Annual report on the mental hospital in the Central Provinces and Berar (Nagpur) - 1927-1951
Year: 1927
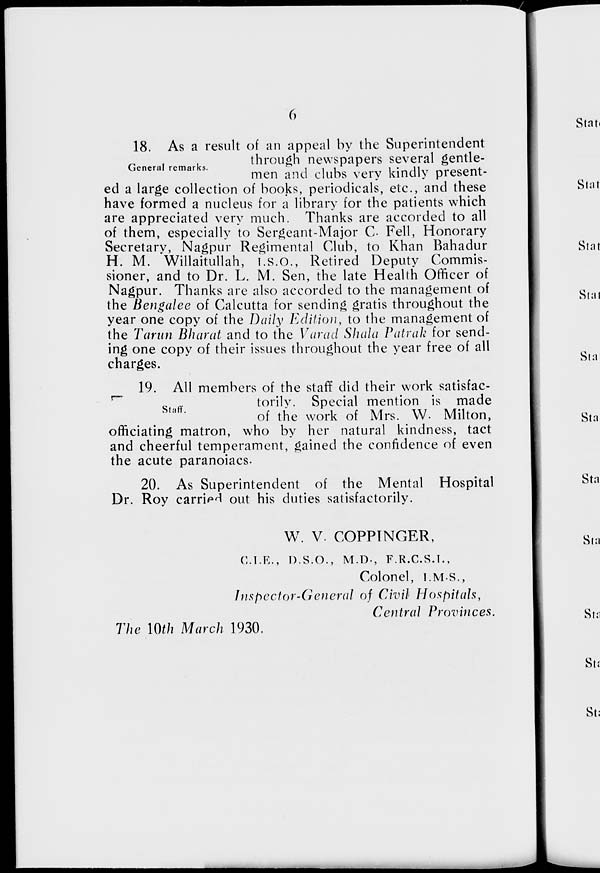
6
General remarks.
18. As a result of an appeal by the Superintendent
through newspapers several gentle-
men and clubs very kindly present-
ed a large collection of books, periodicals, etc., and these
have formed a nucleus for a library for the patients which
are appreciated very much. Thanks are accorded to all
of them, especially to Sergeant-Major C. Fell, Honorary
Secretary, Nagpur Regimental Club, to Khan Bahadur
H. M. Willaitullah, I.S.O., Retired Deputy Commis-
sioner, and to Dr. L. M. Sen, the late Health Officer of
Nagpur. Thanks are also accorded to the management of
the Bengalee of Calcutta for sending gratis throughout the
year one copy of the Daily Edition, to the management of
the Tarun Bharat and to the Varad Shala Patrak for send-
ing one copy of their issues throughout the year free of all
charges.
Staff.
19. All members of the staff did their work satisfac-
torily. Special mention is made
of the work of Mrs. W. Milton,
officiating matron, who by her natural kindness, tact
and cheerful temperament, gained the confidence of even
the acute paranoiacs.
20. As Superintendent of the Mental Hospital
Dr. Roy carried out his duties satisfactorily.
W. V. COPPINGER,
C.I.E., D.S.O., M.D., F.R.C.S.I.,
Colonel, I.M.S.,
Inspector-General of Civil Hospitals,
Central Provinces.
The 10th March 1930.